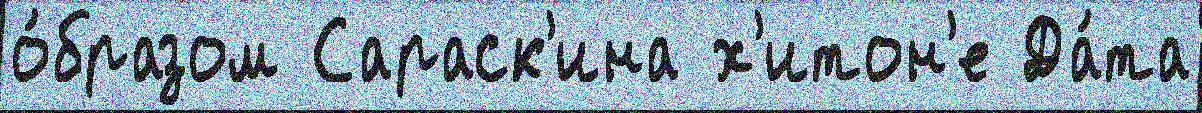
о́бразом Сараск'ина х'итон'е Да́та